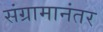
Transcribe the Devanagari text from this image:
संग्रामानंतर